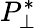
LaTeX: P_{\perp}^{*}